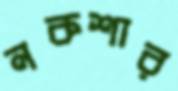
নকশার